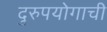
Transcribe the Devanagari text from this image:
दुरुपयोगाची